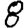
Digit: 8